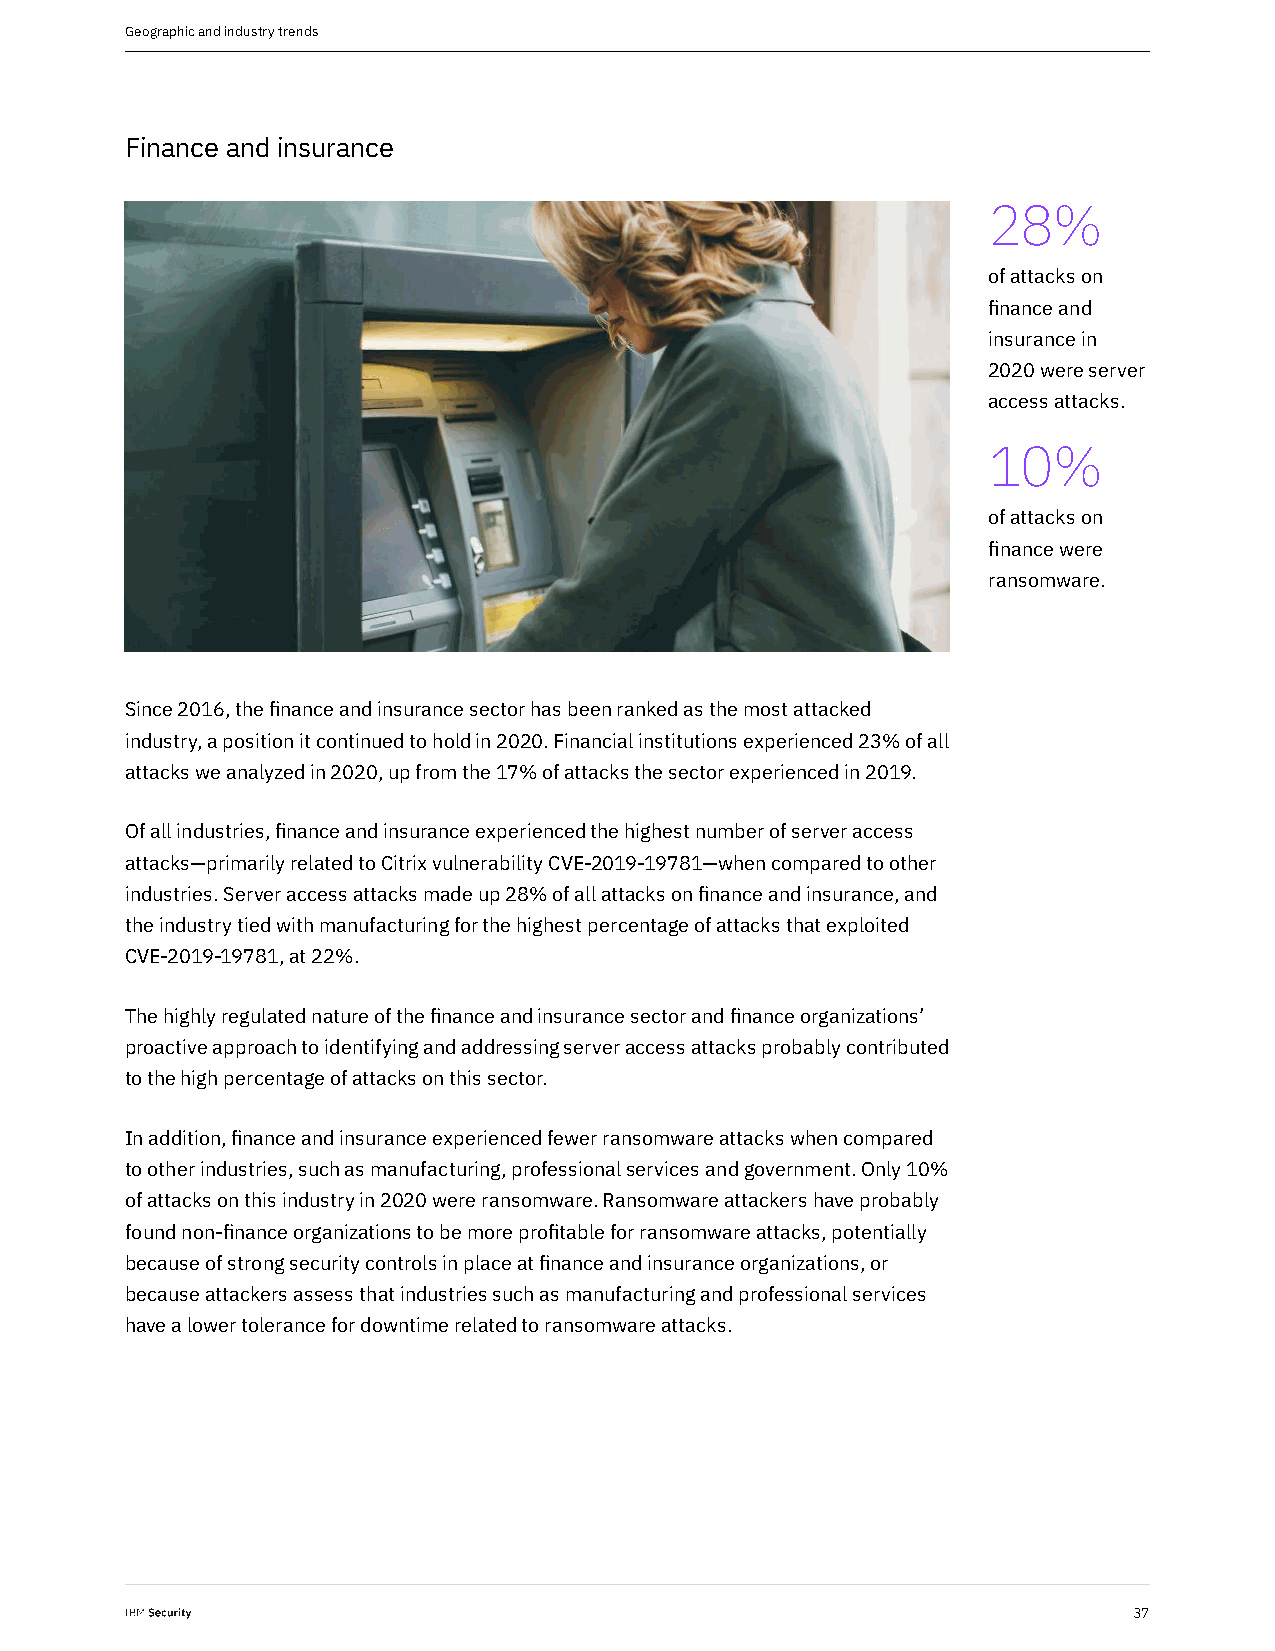
Geographic and industry trends
 Finance and insurance
 28%
 of attacks on
 finance and
 insurance in
 2020 were server
 access attacks.
 10%
 of attacks on
 finance were
 ransomware.
 Since 2016, the finance and insurance sector has been ranked as the most attacked
 industry, a position it continued to hold in 2020. Financial institutions experienced 23% of all
 attacks we analyzed in 2020, up from the 17% of attacks the sector experienced in 2019.
 Of all industries, finance and insurance experienced the highest number of server access
 attacks—primarily related to Citrix vulnerability CVE-2019-19781—when compared to other
 industries. Server access attacks made up 28% of all attacks on finance and insurance, and
 the industry tied with manufacturing for the highest percentage of attacks that exploited
 CVE-2019-19781, at 22%.
 The highly regulated nature of the finance and insurance sector and finance organizations’
 proactive approach to identifying and addressing server access attacks probably contributed
 to the high percentage of attacks on this sector.
 In addition, finance and insurance experienced fewer ransomware attacks when compared
 to other industries, such as manufacturing, professional services and government. Only 10%
 of attacks on this industry in 2020 were ransomware. Ransomware attackers have probably
 found non-finance organizations to be more profitable for ransomware attacks, potentially
 because of strong security controls in place at finance and insurance organizations, or
 because attackers assess that industries such as manufacturing and professional services
 have a lower tolerance for downtime related to ransomware attacks.
 37